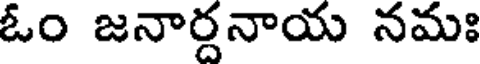
ఓం జనార్దనాయ నమః